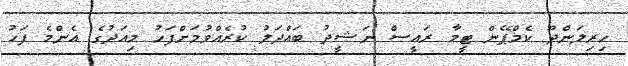
ހިރިލަންދޫ ކެމްޕޭން ޓީމާ ރައީސް ނަޝީދު ބައްދަލު ކުރެއްވުމަށްފަހު މިއަދުގެ އެންމެ ފަހު